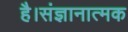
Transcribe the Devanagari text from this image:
है।संज्ञानात्मक